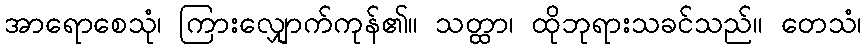
အာရောစေသုံ၊ ကြားလျှောက်ကုန်၏။ သတ္ထာ၊ ထိုဘုရားသခင်သည်။ တေသံ၊